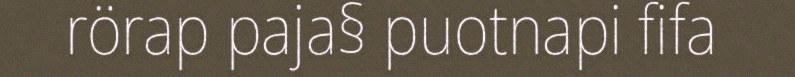
rörap paja§ puotnapi fifa